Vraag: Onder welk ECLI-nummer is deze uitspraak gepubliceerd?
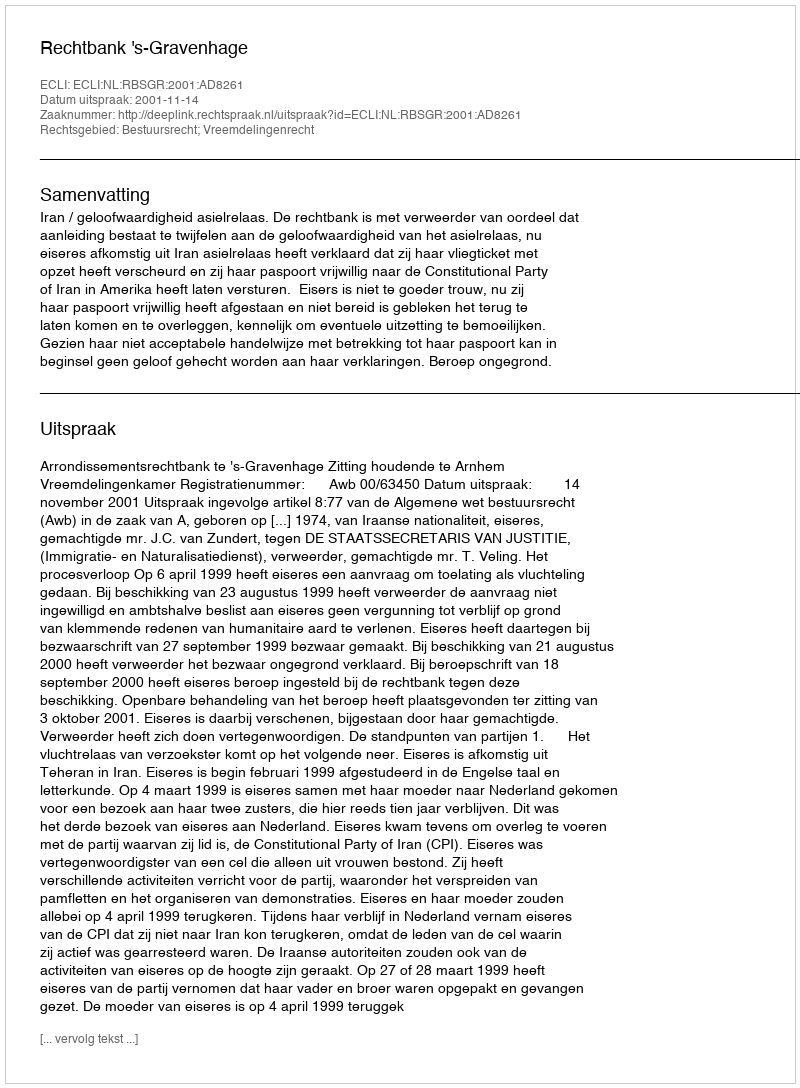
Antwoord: ECLI:NL:RBSGR:2001:AD8261